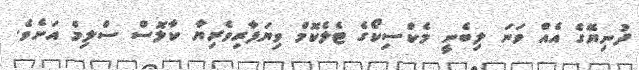
ދުނިޔޭގެ އެއް ވަނަ ލިބެނީ މެކްސިކޯގެ ޓެލެކޮމް ވިޔަފާރިވެރިޔާ ކާލޮސް ސްލިމް އަށެވެ.